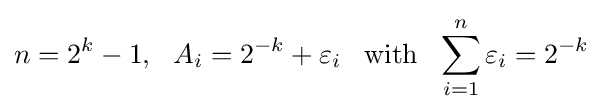
{\textstyle {\begin{aligned}n=2^{k}-1,~~A_{i}=2^{-k}+\varepsilon _{i}~~\operatorname {with} ~~\sum _{i=1}^{n}\varepsilon _{i}=2^{-k}\end{aligned}}}